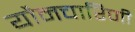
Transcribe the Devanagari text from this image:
यौनचारिणी